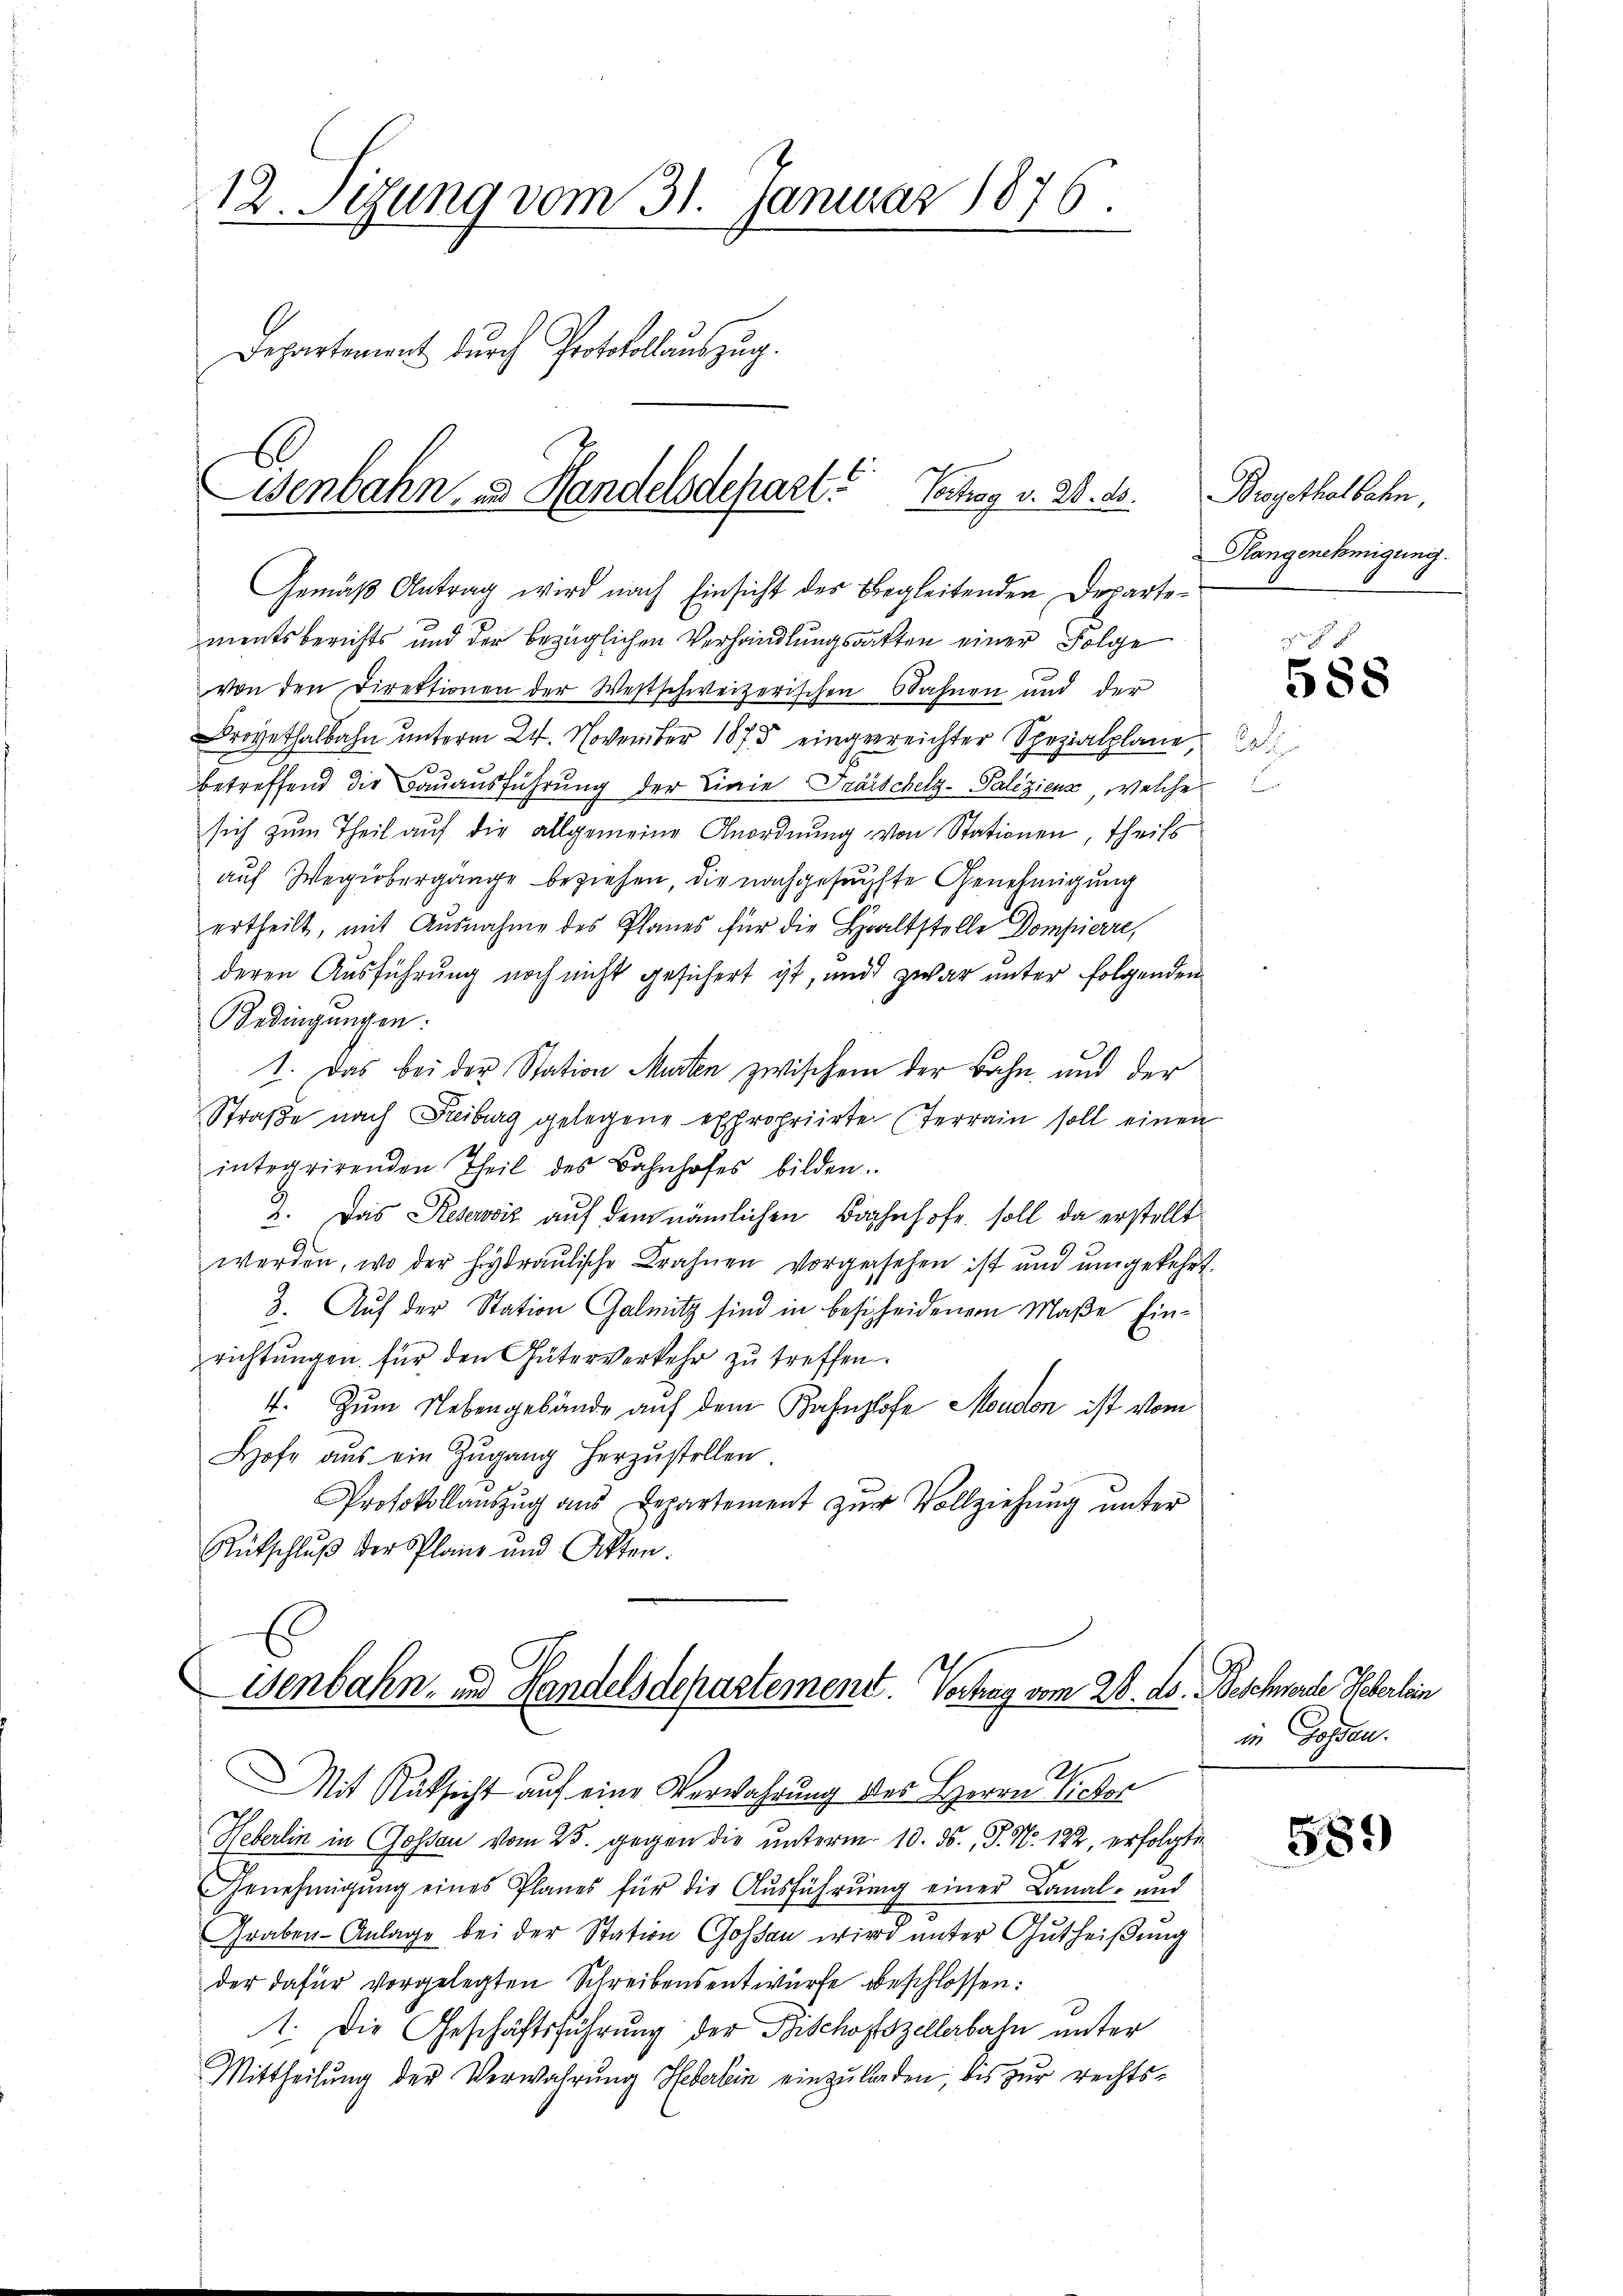
12. Sezung vom 31. Januar 1876.
Departement durch Protokollauszug.
Wenbahn, u. Handelsdepart. Vortrag v. 20. ds.

isenbahn- und Handelsdepartement. Vertrag vom 28. ds. Beschwerde Heberlein
A

Mit Rüksicht auf eine Verwahrung des Herrn Sicher
Heberlin in Gossau vom 25. gegen die unterm 10. ds., P. Nr. 122, erfolgte
Genehmigung eines Planes für die Ausführung einer Canal- und
Graben- Anlage bei der Station Gossau wird unter Gutheißung
der dafür vorgelegten Schreibensentwurfe beschlossen:
1. Die Geschäftsführung der Bischofszellerbahn unter
Mittheilung der Verwahrung Heberlein einzuladen, bis zur rechts¬

Gemäß Antrag wird nach Einsicht des Begleitenden Departementsberichts und der bezüglichen Verhandlungsauften einer Folge
von den Direktionen der Westschweizerischen Bahnen und der
rovethalbahn unterm 24. November 1873 eingereichter Spezialplane
betreffend die Bauausführung der Linie Fräischelz-Paliziens, welche
sich zum Theil aŭf die allgemeine Anordnŭng von Stationen, theils
auf Weibergänge beziehen, die nachgesuchte Genehmigung
ertheilt, mit Ausnahme des Planes für die Haltstelle Dompierre,
deren Ausführung noch nicht gesichert ist, und zwar unter folgenden
Bedingungen:
1. Das bei der Station Murten zwischem der Bahn und der
Straβe nach Freiburg gelegene expropriirte (Terrain soll einen
integrirenden Theil des Bahnhofes bilden.
2. Das Reserviz auf dem nämlichen Bahnhofe soll da erstellt
6
werden, wo der Hydraulische Brahnen vorgesehen ist und umgekehrt.
3. Auf der Station Galmitz sind in bescheidenem Maße Einrichtungen für den Güterverkehr zu treffen.
4. Zum Nebengebäude auf dem Bahnhofe Moudon ist vom
Hofe aus ein Zŭgang herzŭstellen
Protokollaŭszŭg aŭs Departement zŭr Vollziehung unter
Rütschluß der Planz und Akten.

Brogethalbahn,
Hlangenehmigung.

a¬

588

in Gossen.

589